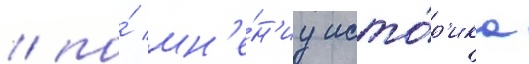
/ по́ мн'е́н'иу исто́р'ика